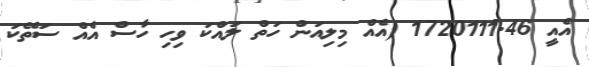
އެއީ 1720111.46 (އެއް މިލިއަން ހަތް ލައްކަ ވިހި ހާސް އެއް ސަތޭކަ